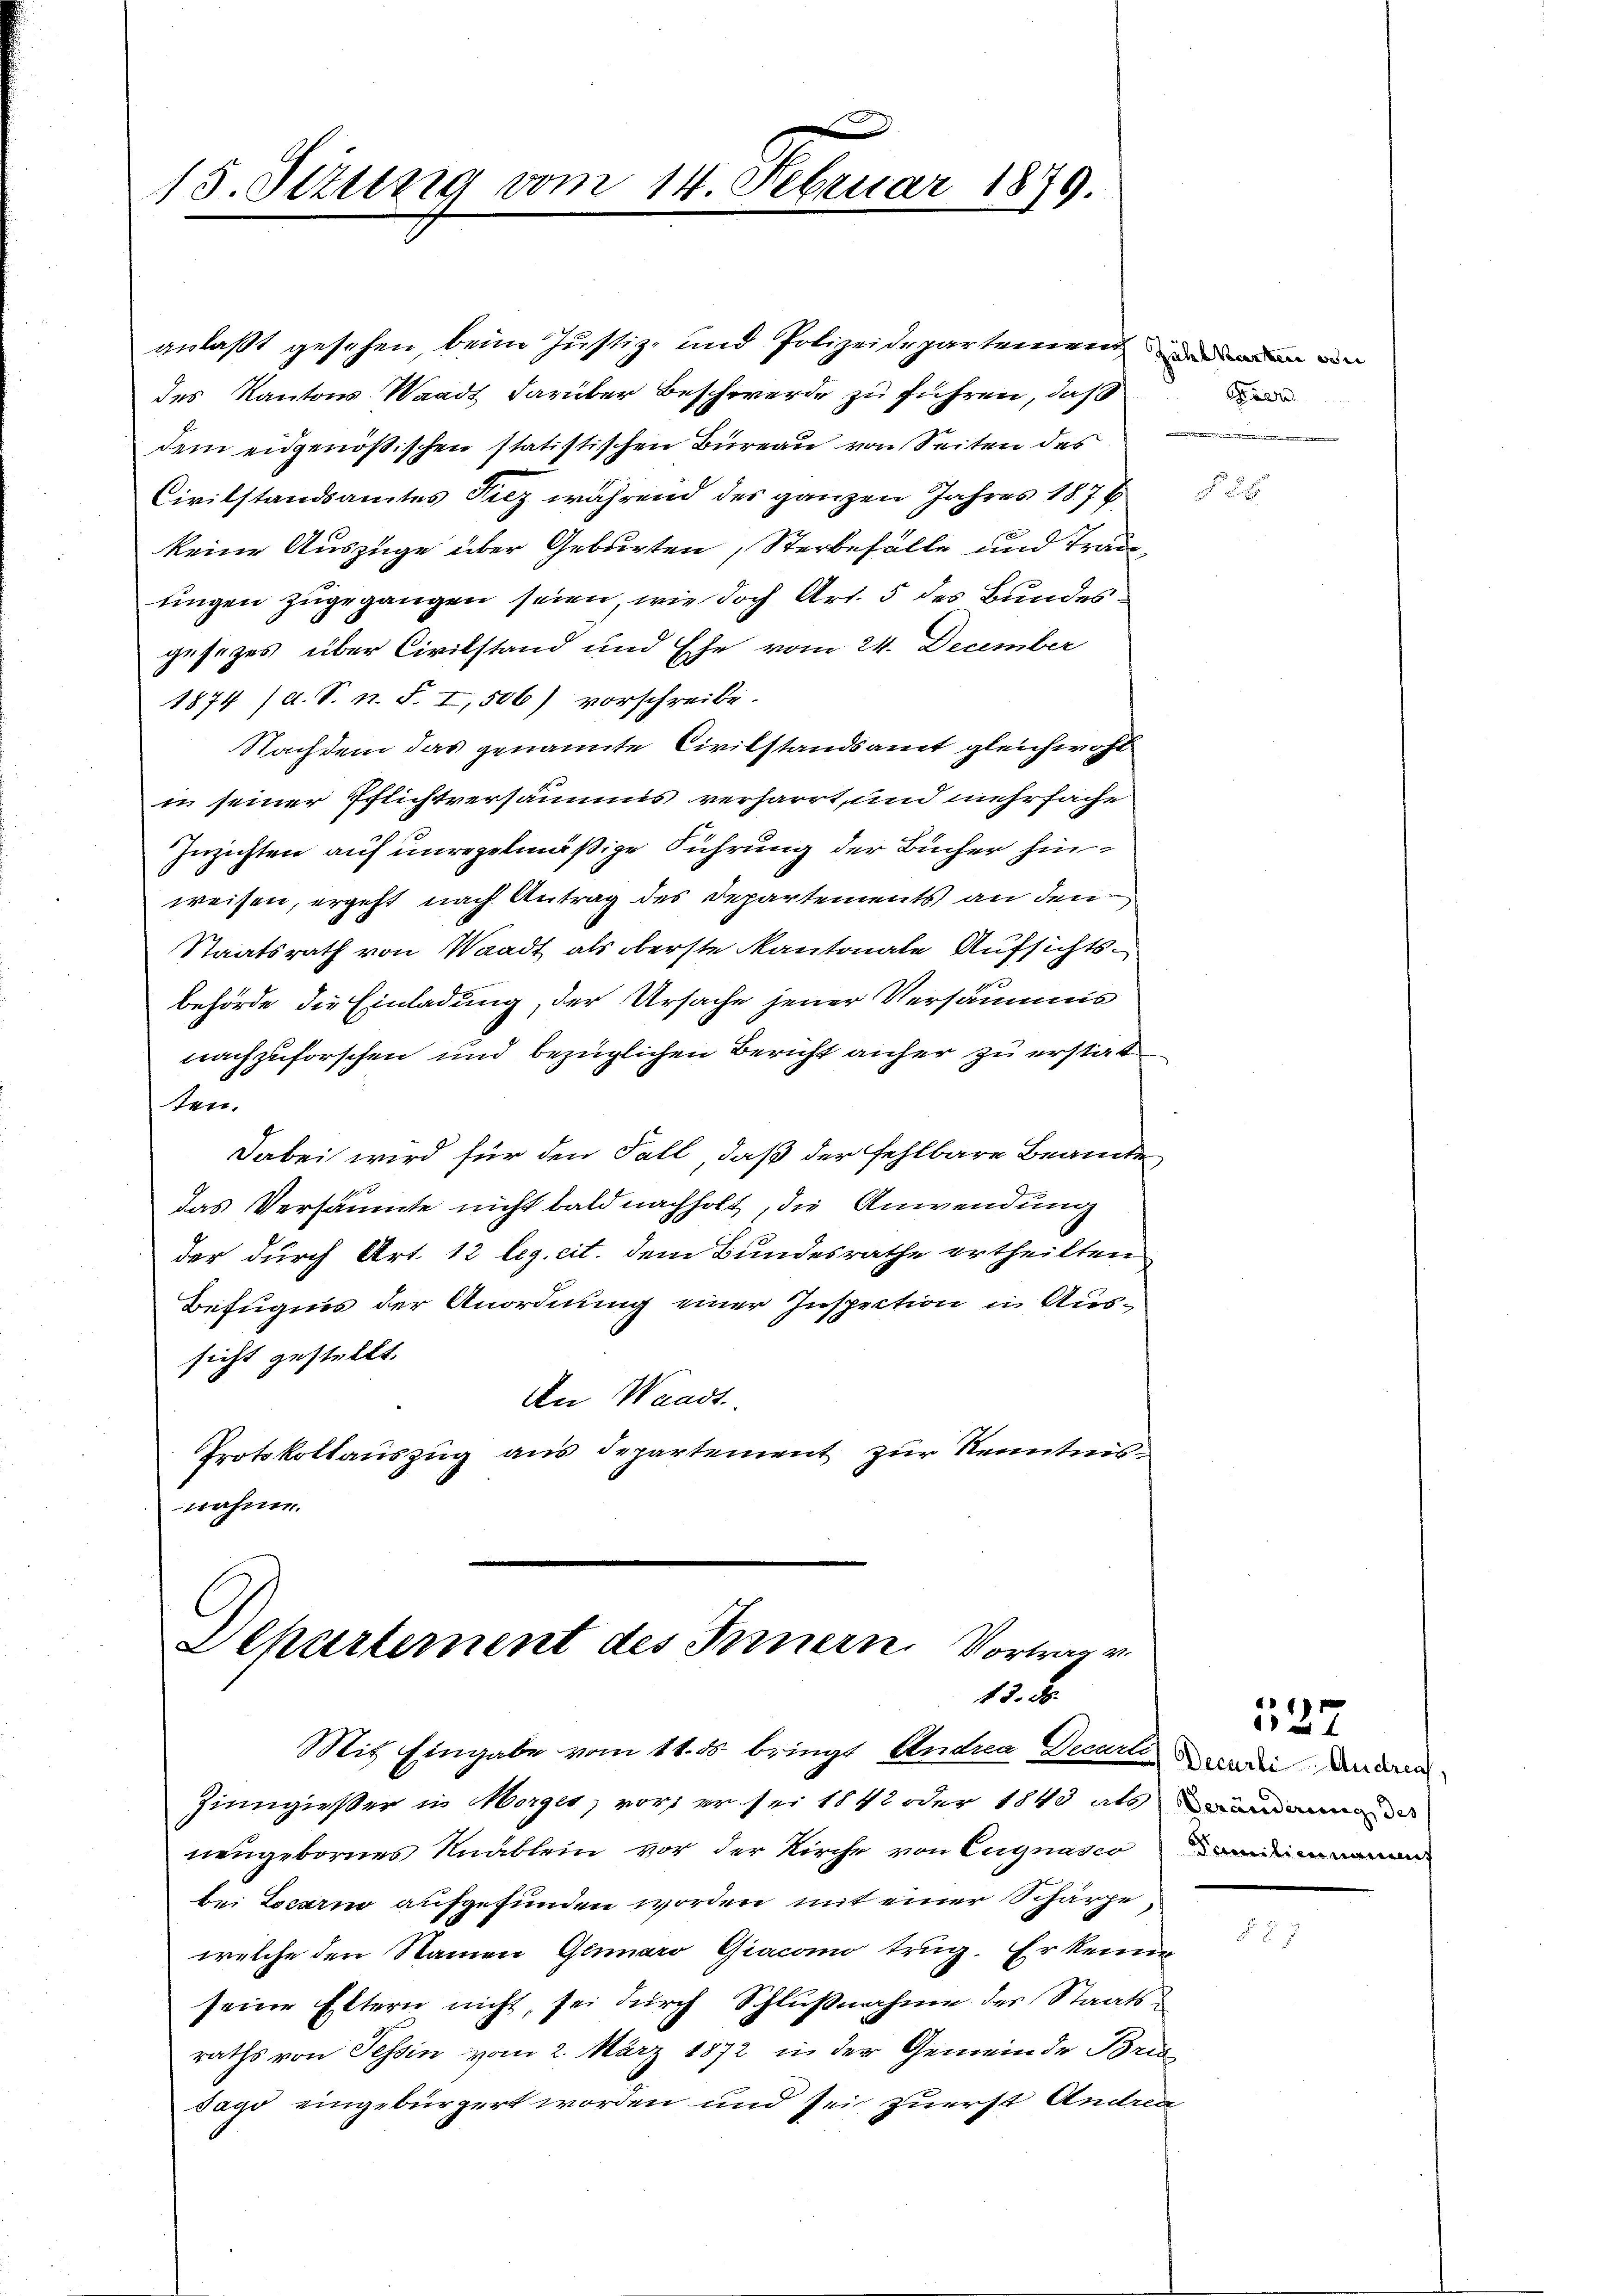
15. Sizung vom 14. Februar 1879.

anlaßt gesehen, beim Justiz- und Polizeidepartement den en
des Kantons Waadt darüber Beschwerde zu führen, daß
dem eidgenößischen statistischen Bureau von Seiten des
Civilstandsamtes Fiez während des ganzen Jahres 1876
keine Auszüge über Geburten, Sterbefälle und Träde
ungen zugegangen seien, wie doch Art. 5 des Bundesgesezes über Civilstand und Ehe vom 24. December
1874 (a. S. n. F. I,506) vorschreibe.
Nachdem das genannte Civilstandsamt gleichwohl
in seiner Pflichtversäumis verharrt, und mehrfache
Znzichten auf unregelmäßige Führung der Bücher hinweisen, ergeht nach Antrag des Departements an den
Staatsrath von Waadt als oberste Kantonale Aufsichtsbehörde die Einladung, der Ursache jener Versäumis
nachzuforschen und bezüglichen Bericht anher zu erstatten.
Dabei wird für den Fall, daß der fehlbare Beamte
das Versäumte nicht bald nachholt, die Anwendung
der durch Art. 12 leg. cit. dem Bundesrathe ertheilten
Befugnis der Anordnung einer Inspection in Aussicht gestellt.
An Waadt.
Protokollauszug aus departement zur Kenntnisnähme.

Departement des Innern Vortrag v.
12. d.

a

Mit Eingabe vom 11. ds. bringt Andra Decare Beenden Ander
Zinngießer in Morges, vor, er sei 1842 oder 1843 als man
neugebornes Knablein vor der Kirche von Eugnasco
bei Locari aufgefunden worden mit einer Schärze,
welche den Namen Glinaro Giacono trug. Er kenne
seine Ettern nicht, sei durch Schlußnahme des Staatsraths von Tessin vom 2. März 1872 in der Gemeinde Bris
dago eingebürgert worden und sei zuerst Anden

§

Familienannt

527